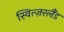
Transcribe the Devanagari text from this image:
स्वित्ज़रलैंड